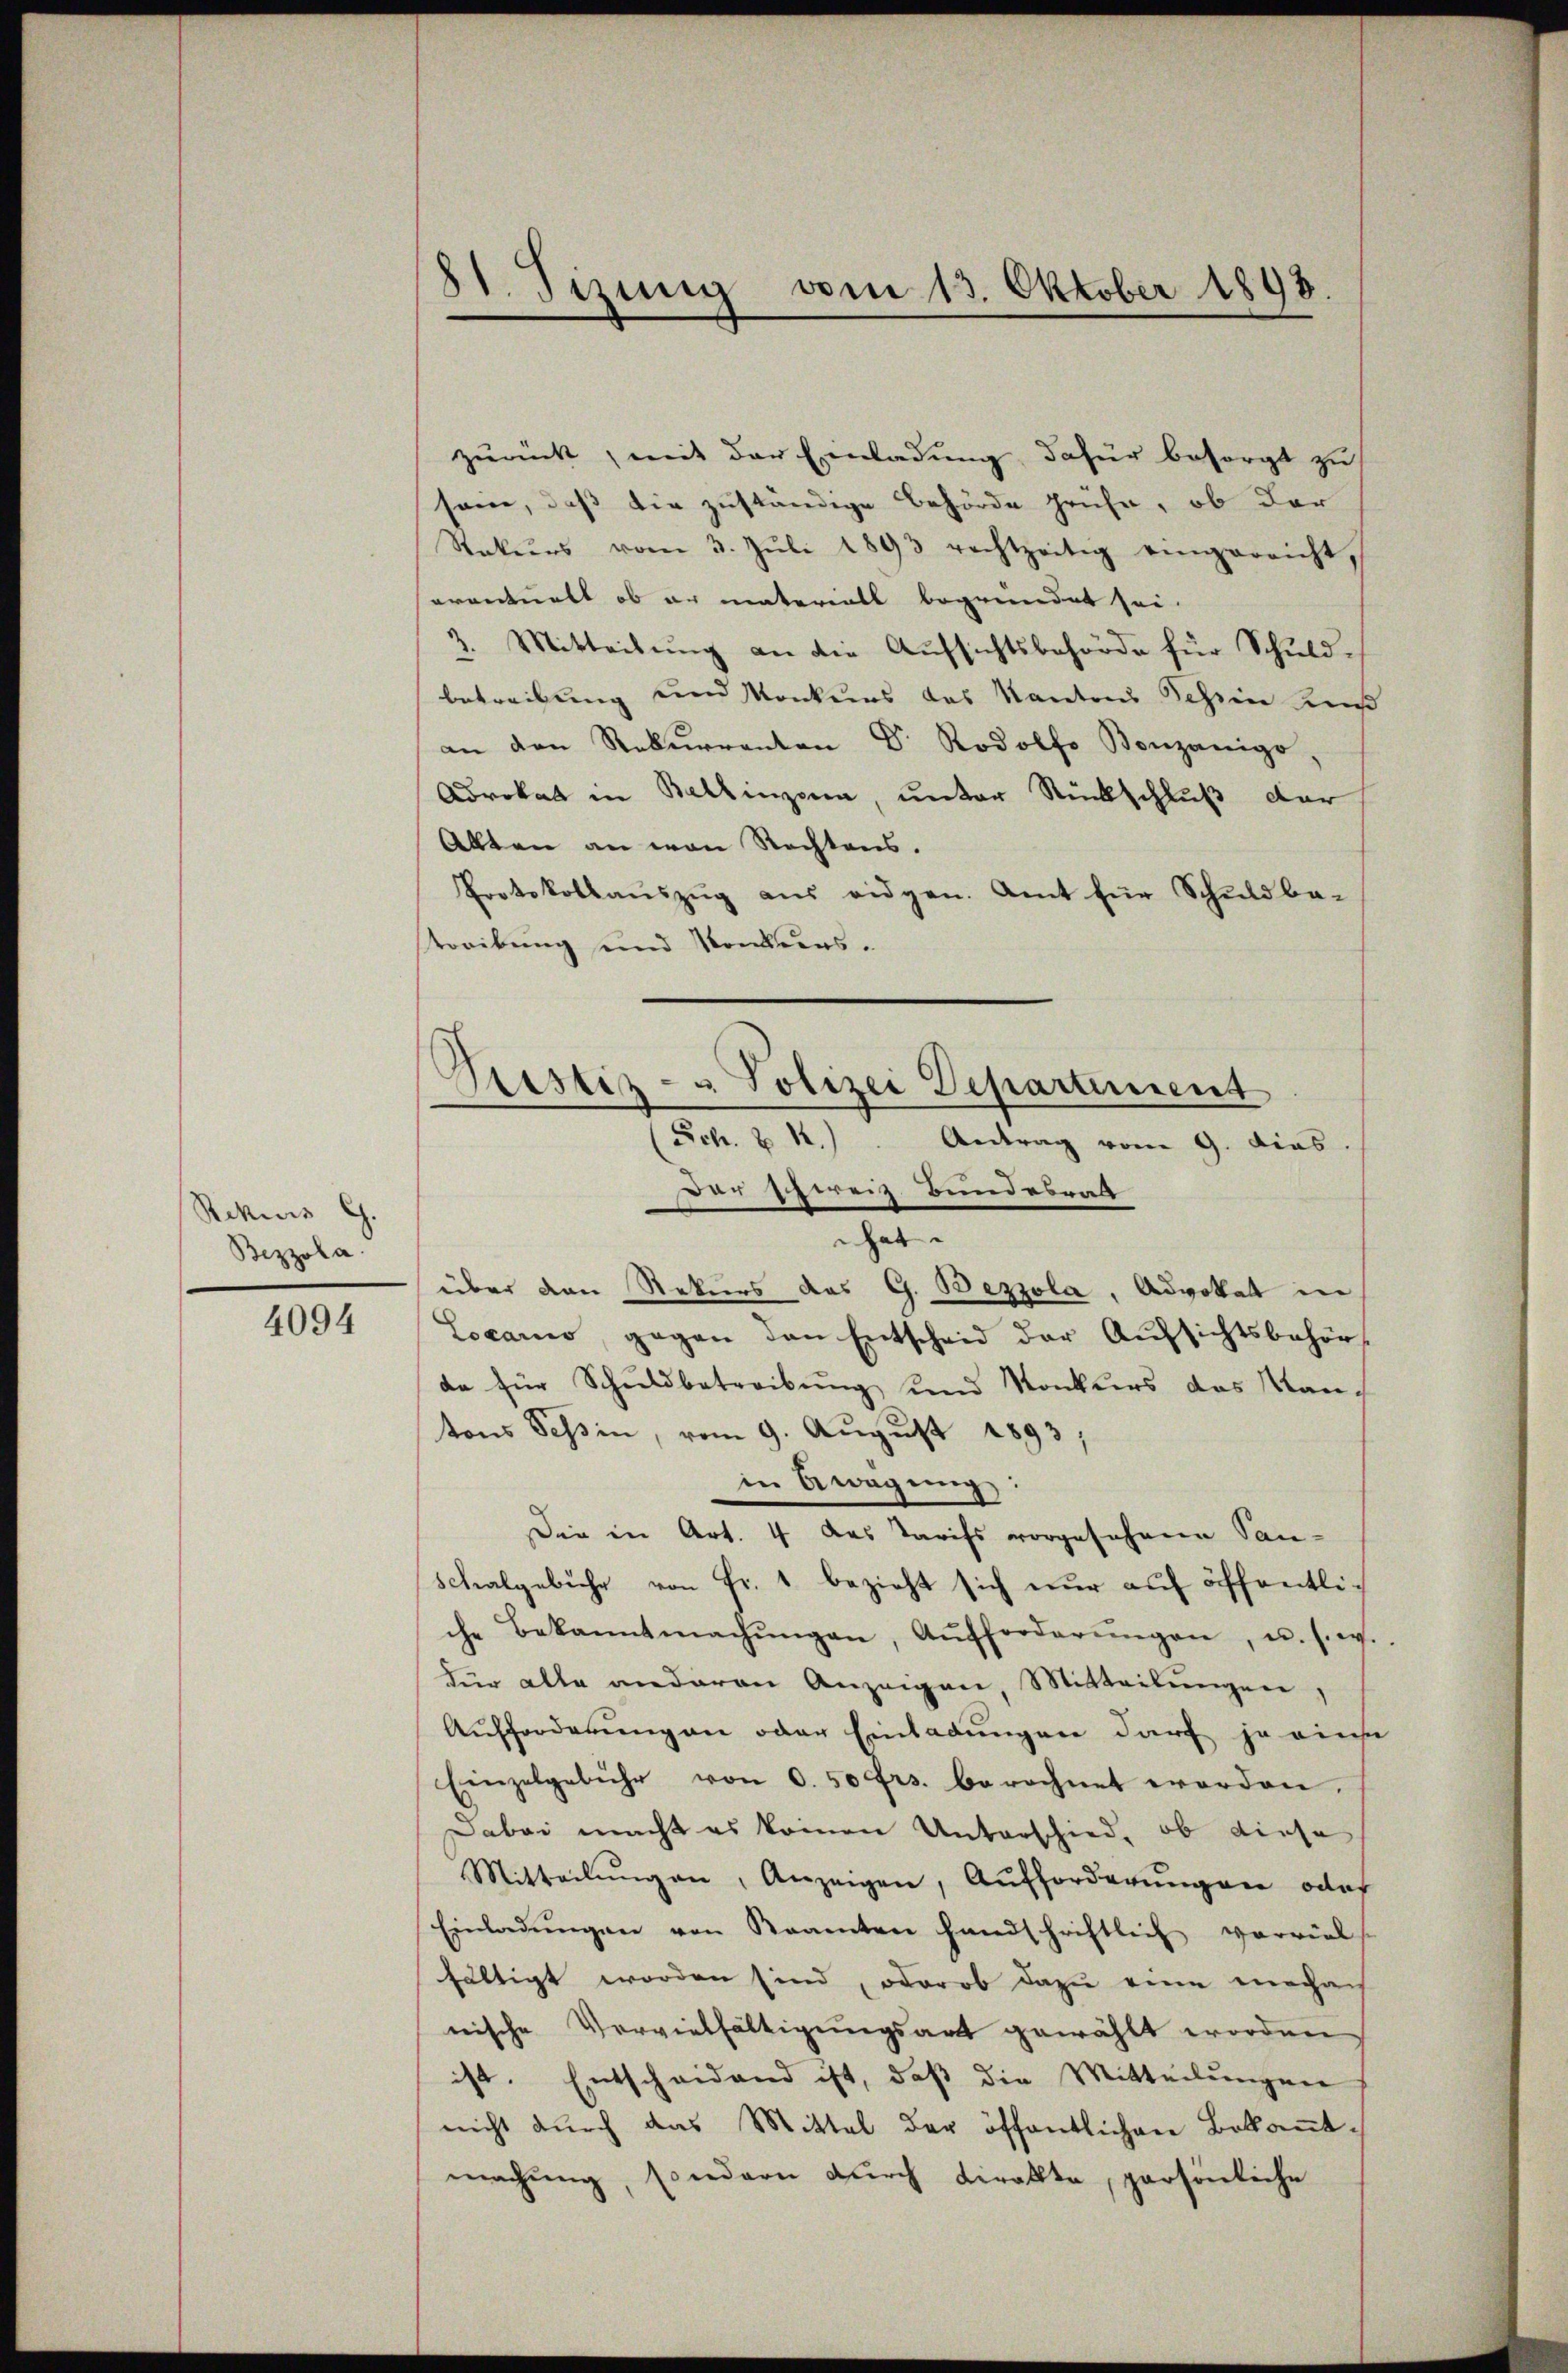
Rekurs G.
Bezzola.
4094

81. Sizung vom 13. Oktober 1898.

Prestiz- & Polizei Departement
(Sch. § 12). Antrag vom 9. dies

zurück, mit der Einladung, dafür besorgt zu
sein, daß die zuständige Behörde prüfe, ob der
Rekŭrs vom 3. Jŭli 1893 rechtzeitig eingereicht,
erantualt ob er materiell begründet sei.
3. Mitteilŭng an die Aufsichtsbehörde für Schuldbetreibung und Konkurs des Kantons Schein Kuß
an den Rekŭrrenten Dr. Rodolf Bonzonigo,
Adrokal in Bellinzona, unter Rückschluß der
Allten an von Rechtens.
Protokollaŭszŭg aŭs eidgen. Amt für Schuldba-
treibung und Konkurs.
Der Ghweiz Bundesrat
hat
über den Rekurs des G. Bezzola, Advokat in
Locario, gegen den Entscheid der Aŭfsichtsbehör
da für Schuldbetreibŭng und Konkurs das Kantons Tessin, vom 9. August 1893,
in Bewegung:
Die in Art. 4 das Tarifs vorgesehene San¬
Schalgebühr von Fr. 1 bezieht sich nŭr aŭf öffentli-
che Bekanntmachŭngen, Aufforderŭngen, u. s. w.
Für alle anderen Anzeigen, Mitteilungen,
Aufforderungen oder Einladungen darf ja einse
Einzelgebühr von 0.50 frs. berechnet worden.
Dabei macht es keinen Unterschied, ob diese
Mitteilŭngen, Anzeigen, Aufforderŭngen ode
Einladŭngen von Kramten handschriftlich verviel
fältigt worden sind, oder ob dazu eine mechan
nische Vervielfältigungsart gewählt worden
ist. Entscheidend ist, daß die Mitteilungen
nicht dŭrch das Mittel der öffentlichen Bekannt-
machung, sondern durch direkte, persönliche